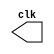

//--  Henrique Carvalho Parreira
//--    PUC-MG



//---------Clock--------------

module clock ( clk );
 output clk;
 reg    clk;

 initial
  begin
   clk = 1'b0;
  end

 always
  begin
   #2 clk = ~clk;
  end
endmodule

//---------PULSO--------------

module pulse ( signal, clock );
 input  clock;
 output signal;
 reg    signal;

 always @ (  negedge clock )
  begin
       signal = 1'b0;
  #10   signal = 1'b1;
  #10   signal = 1'b0;
    
  
  end
endmodule // pulse

//---------Teste--------------

module testpulse;

 wire  clock;
 clock clk ( clock );
 wire  p1;

 pulse   pulse1   ( p1, clock );

 initial begin
  $dumpfile ( "exercicio04.vcd" );
  $dumpvars (1, clock, p1);
   #480 $finish;

 end

endmodule //exercicio04